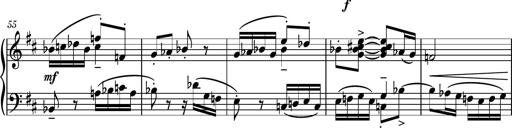
Title: Piano Sonatina No.4
Composer: Dimitri Sykias
Key: D major